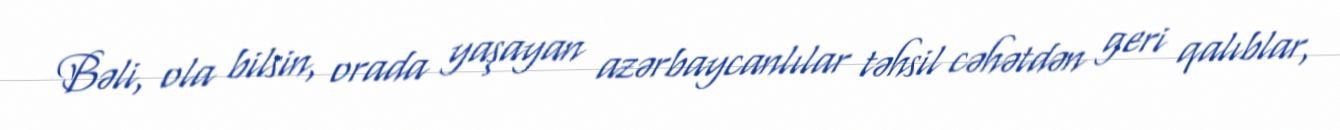
Bəli, ola bilsin, orada yaşayan azərbaycanlılar təhsil cəhətdən geri qalıblar,